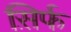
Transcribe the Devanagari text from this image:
स़िर्फ